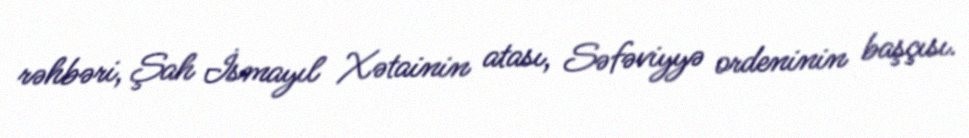
rəhbəri, Şah İsmayıl Xətainin atası, Səfəviyyə ordeninin başçısı.